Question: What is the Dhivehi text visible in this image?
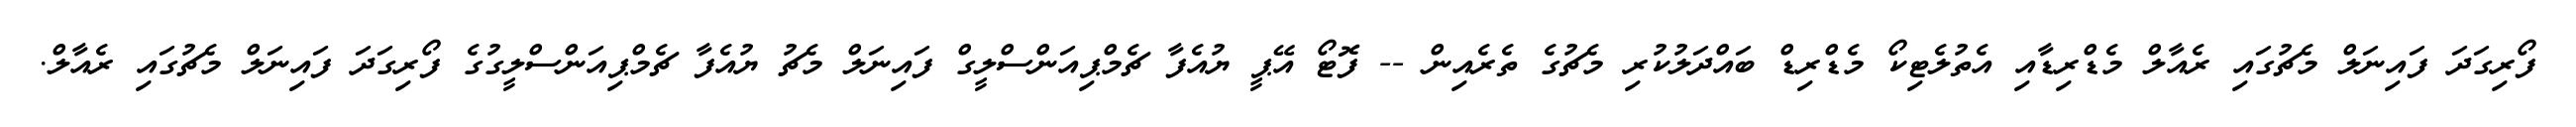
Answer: ފޯރިގަދަ ފައިނަލް މެޗުގައި ރެއާލް މެޑްރިޑާއި އެތުލެޓިކޯ މެޑްރިޑް ބައްދަލުކުރި މެޗުގެ ތެރެއިން -- ފޮޓޯ އޭޕީ ޔުއެފާ ޗެމްޕިއަންސްލީގް ފައިނަލް މެޗު ޔުއެފާ ޗެމްޕިއަންސްލީގުގެ ފޯރިގަދަ ފައިނަލް މެޗުގައި ރެއާލް.